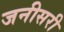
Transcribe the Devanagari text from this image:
जनीसरी